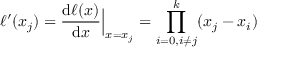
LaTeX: \ell ^ { \prime } ( x _ { j } ) = { \frac { \mathrm { d } \ell ( x ) } { \mathrm { d } x } } { \Big | } _ { x = x _ { j } } = \prod _ { i = 0 , i \neq j } ^ { k } ( x _ { j } - x _ { i } )